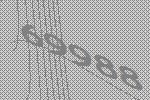
69988